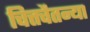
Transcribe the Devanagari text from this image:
चित्तचैतन्या